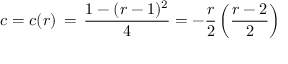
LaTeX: c = c ( r ) \, = \, { \frac { 1 - ( r - 1 ) ^ { 2 } } { 4 } } = - { \frac { r } { 2 } } \left( { \frac { r - 2 } { 2 } } \right)